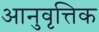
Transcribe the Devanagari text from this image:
आनुवृत्तिक